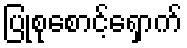
ပြုစုစောင့်ရှောက်